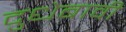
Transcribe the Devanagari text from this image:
दुधेबावी